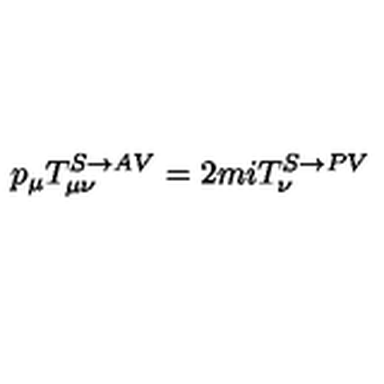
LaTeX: p _ { \mu } T _ { \mu \nu } ^ { S \rightarrow A V } = 2 m i T _ { \nu } ^ { S \rightarrow P V }